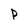
Character: P